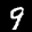
Label: 9